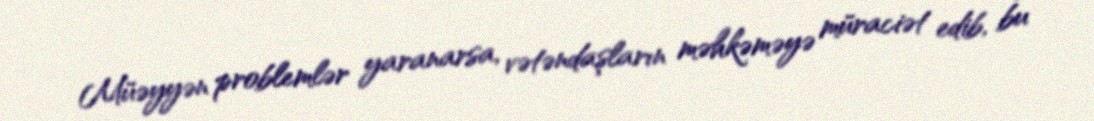
Müəyyən problemlər yaranarsa, vətəndaşların məhkəməyə müraciət edib, bu